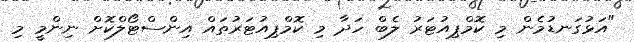
"އަޅުގަނޑުމެން މި ކޮމްޕިއުޓަރު ލެބް ހަދާ މި ކޮމްޕިއުޓަރުތައް އިންސްޓޯލްކޮށް ނިންމީ މި